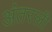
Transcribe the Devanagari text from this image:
अंतरली